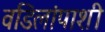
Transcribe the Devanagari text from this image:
वडिलांपाशी